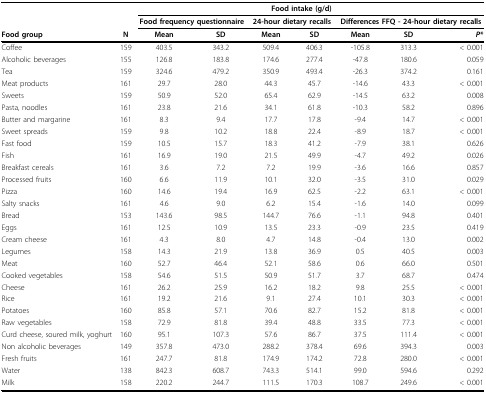
<table><thead><tr><td></td><td colspan="8"><b>Food intake (g/d)</b></td></tr><tr><td></td><td></td><td colspan="2"><b>Food frequency questionnaire</b></td><td colspan="2"><b>24-hour dietary recalls</b></td><td colspan="3"><b>Differences FFQ - 24-hour dietary recalls</b></td></tr><tr><td><b>Food group</b></td><td><b>N</b></td><td><b>Mean</b></td><td><b>SD</b></td><td><b>Mean</b></td><td><b>SD</b></td><td><b>Mean</b></td><td><b>SD</b></td><td><b><i>P</i>*</b></td></tr></thead><tbody><tr><td>Coffee</td><td>159</td><td>403.5</td><td>343.2</td><td>509.4</td><td>406.3</td><td>-105.8</td><td>313.3</td><td>&lt; 0.001</td></tr><tr><td>Alcoholic beverages</td><td>155</td><td>126.8</td><td>183.8</td><td>174.6</td><td>277.4</td><td>-47.8</td><td>180.6</td><td>0.059</td></tr><tr><td>Tea</td><td>159</td><td>324.6</td><td>479.2</td><td>350.9</td><td>493.4</td><td>-26.3</td><td>374.2</td><td>0.161</td></tr><tr><td>Meat products</td><td>161</td><td>29.7</td><td>28.0</td><td>44.3</td><td>45.7</td><td>-14.6</td><td>43.3</td><td>&lt; 0.001</td></tr><tr><td>Sweets</td><td>159</td><td>50.9</td><td>52.0</td><td>65.4</td><td>62.9</td><td>-14.5</td><td>63.2</td><td>0.008</td></tr><tr><td>Pasta, noodles</td><td>161</td><td>23.8</td><td>21.6</td><td>34.1</td><td>61.8</td><td>-10.3</td><td>58.2</td><td>0.896</td></tr><tr><td>Butter and margarine</td><td>161</td><td>8.3</td><td>9.4</td><td>17.7</td><td>17.8</td><td>-9.4</td><td>14.7</td><td>&lt; 0.001</td></tr><tr><td>Sweet spreads</td><td>159</td><td>9.8</td><td>10.2</td><td>18.8</td><td>22.4</td><td>-8.9</td><td>18.7</td><td>&lt; 0.001</td></tr><tr><td>Fast food</td><td>159</td><td>10.5</td><td>15.7</td><td>18.3</td><td>41.2</td><td>-7.9</td><td>38.1</td><td>0.626</td></tr><tr><td>Fish</td><td>161</td><td>16.9</td><td>19.0</td><td>21.5</td><td>49.9</td><td>-4.7</td><td>49.2</td><td>0.026</td></tr><tr><td>Breakfast cereals</td><td>161</td><td>3.6</td><td>7.2</td><td>7.2</td><td>19.9</td><td>-3.6</td><td>16.6</td><td>0.857</td></tr><tr><td>Processed fruits</td><td>160</td><td>6.6</td><td>11.9</td><td>10.1</td><td>32.0</td><td>-3.5</td><td>31.0</td><td>0.029</td></tr><tr><td>Pizza</td><td>160</td><td>14.6</td><td>19.4</td><td>16.9</td><td>62.5</td><td>-2.2</td><td>63.1</td><td>&lt; 0.001</td></tr><tr><td>Salty snacks</td><td>161</td><td>4.6</td><td>9.0</td><td>6.2</td><td>15.4</td><td>-1.6</td><td>14.0</td><td>0.099</td></tr><tr><td>Bread</td><td>153</td><td>143.6</td><td>98.5</td><td>144.7</td><td>76.6</td><td>-1.1</td><td>94.8</td><td>0.401</td></tr><tr><td>Eggs</td><td>161</td><td>12.5</td><td>10.9</td><td>13.5</td><td>23.3</td><td>-0.9</td><td>23.5</td><td>0.419</td></tr><tr><td>Cream cheese</td><td>161</td><td>4.3</td><td>8.0</td><td>4.7</td><td>14.8</td><td>-0.4</td><td>13.0</td><td>0.002</td></tr><tr><td>Legumes</td><td>158</td><td>14.3</td><td>21.9</td><td>13.8</td><td>36.9</td><td>0.5</td><td>40.5</td><td>0.003</td></tr><tr><td>Meat</td><td>160</td><td>52.7</td><td>46.4</td><td>52.1</td><td>58.6</td><td>0.6</td><td>66.0</td><td>0.501</td></tr><tr><td>Cooked vegetables</td><td>158</td><td>54.6</td><td>51.5</td><td>50.9</td><td>51.7</td><td>3.7</td><td>68.7</td><td>0.474</td></tr><tr><td>Cheese</td><td>161</td><td>26.2</td><td>25.9</td><td>16.2</td><td>18.2</td><td>9.8</td><td>25.5</td><td>&lt; 0.001</td></tr><tr><td>Rice</td><td>161</td><td>19.2</td><td>21.6</td><td>9.1</td><td>27.4</td><td>10.1</td><td>30.3</td><td>&lt; 0.001</td></tr><tr><td>Potatoes</td><td>160</td><td>85.8</td><td>57.1</td><td>70.6</td><td>82.7</td><td>15.2</td><td>81.8</td><td>&lt; 0.001</td></tr><tr><td>Raw vegetables</td><td>158</td><td>72.9</td><td>81.8</td><td>39.4</td><td>48.8</td><td>33.5</td><td>77.3</td><td>&lt; 0.001</td></tr><tr><td>Curd cheese, soured milk, yoghurt</td><td>160</td><td>95.1</td><td>107.3</td><td>57.6</td><td>86.7</td><td>37.5</td><td>111.4</td><td>&lt; 0.001</td></tr><tr><td>Non alcoholic beverages</td><td>149</td><td>357.8</td><td>473.0</td><td>288.2</td><td>378.4</td><td>69.6</td><td>394.3</td><td>0.003</td></tr><tr><td>Fresh fruits</td><td>161</td><td>247.7</td><td>81.8</td><td>174.9</td><td>174.2</td><td>72.8</td><td>280.0</td><td>&lt; 0.001</td></tr><tr><td>Water</td><td>138</td><td>842.3</td><td>608.7</td><td>743.3</td><td>514.1</td><td>99.0</td><td>594.6</td><td>0.292</td></tr><tr><td>Milk</td><td>158</td><td>220.2</td><td>244.7</td><td>111.5</td><td>170.3</td><td>108.7</td><td>249.6</td><td>&lt; 0.001</td></tr></tbody></table>